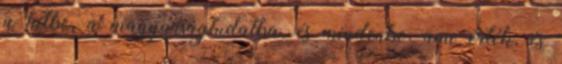
a hitbe, a magyarságtudatba, és mindenbe, ami érték, és